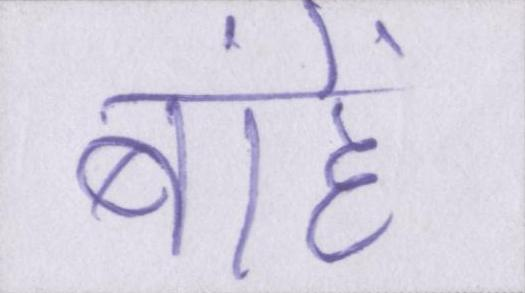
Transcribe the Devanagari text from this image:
बांहें